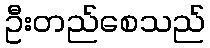
ဦးတည်စေသည်